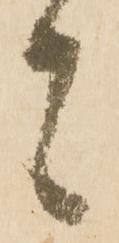
者